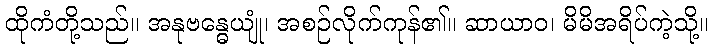
ထိုကံတို့သည်။ အနုဗန္ဓေယျုံ၊ အစဉ်လိုက်ကုန်၏။ ဆာယာဝ၊ မိမိအရိပ်ကဲ့သို့။